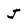
Character: J